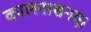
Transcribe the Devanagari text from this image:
कालनाशनम्।